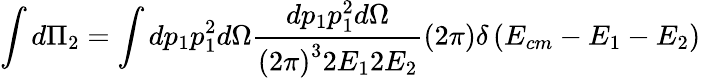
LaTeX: \int d\Pi_{2}=\int dp_{1}p_{1}^{2}d\Omega\frac{dp_{1}p_{1}^{2}d\Omega}{\left(2\pi\right)^{3}2E_{1}2E_{2}}\left(2\pi\right)\delta\left(E_{cm}-E_{1}-E_{2}\right)